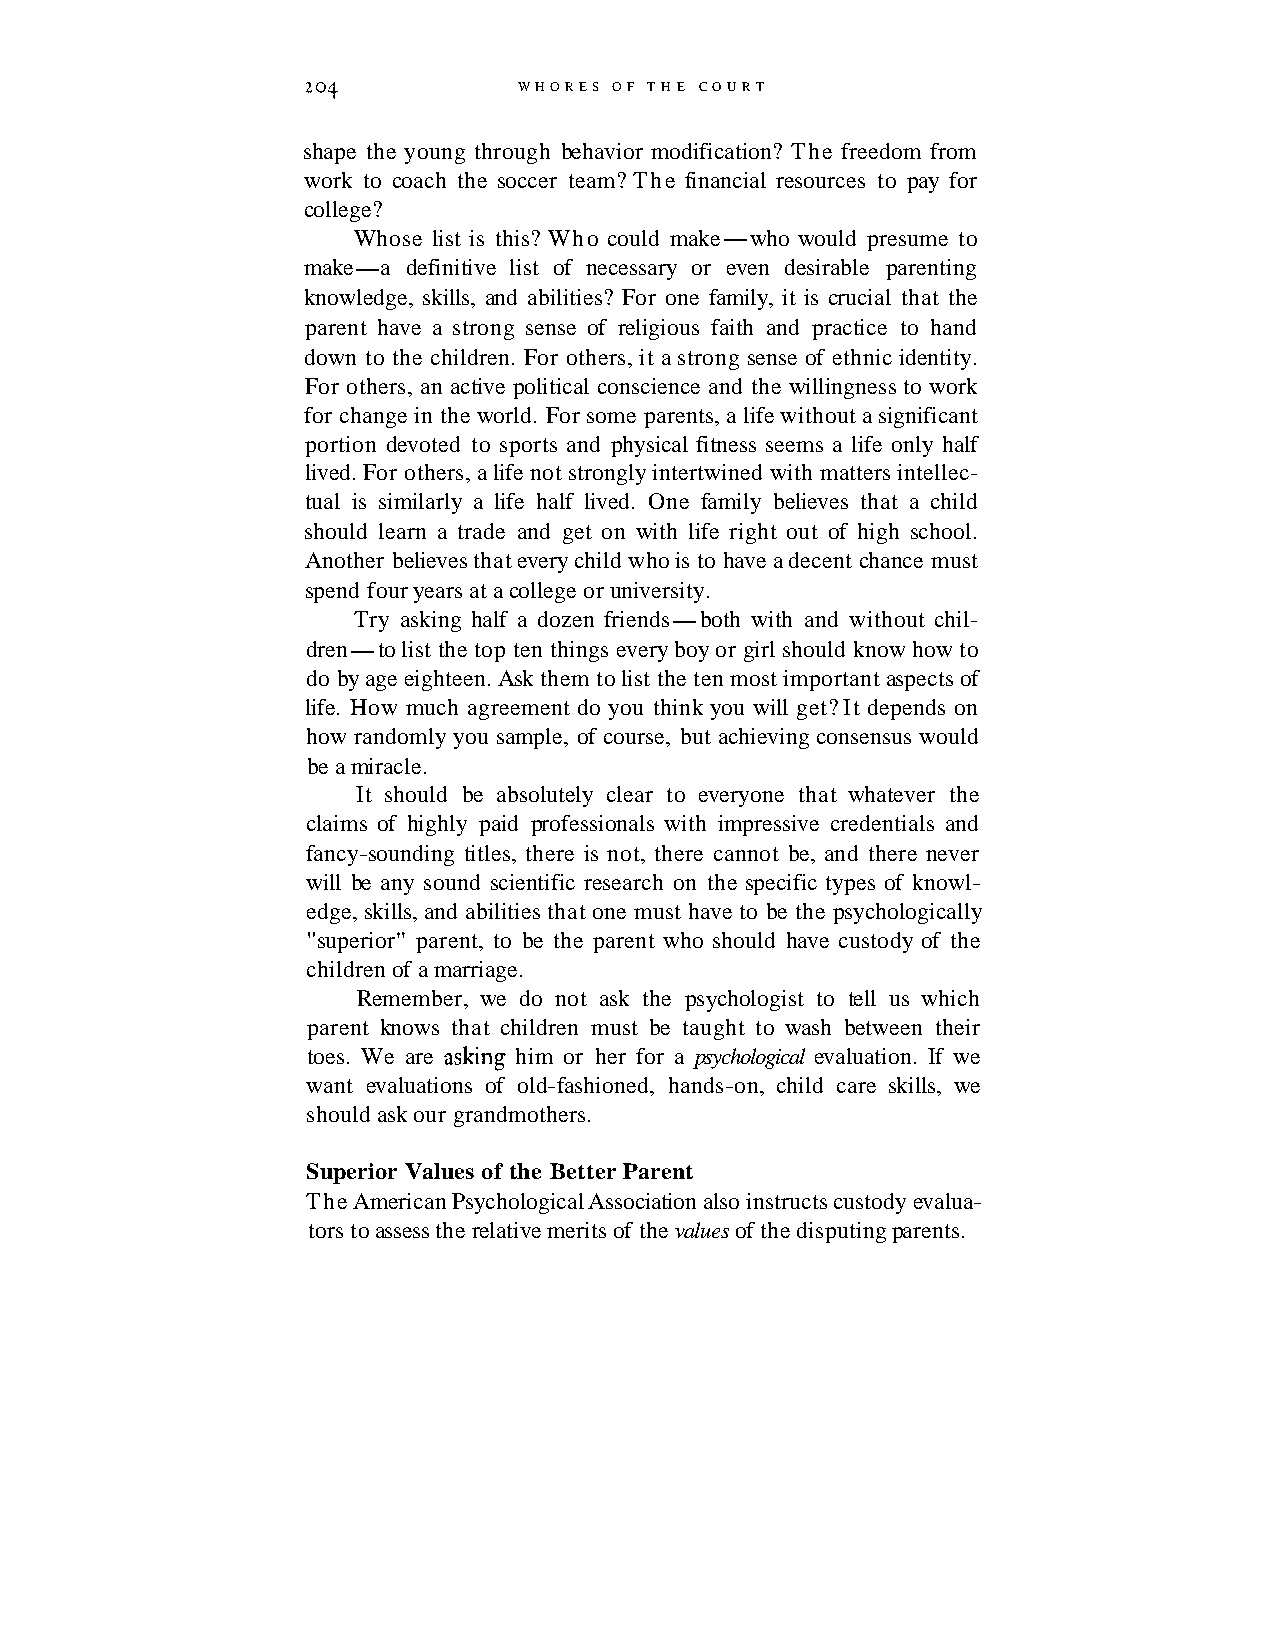
204           WHORES OF T H E COURT
 shape the young through behavior modification? The freedom from
 work to coach the soccer team? The financial resources to pay for
 college?
 Whose list is this? Who could make-who would presume to
 make-a definitive list of necessary or even desirable parenting
 knowledge, skills, and abilities? For one family, it is crucial that the
 parent have a strong sense of religious faith and practice to hand
 down to the children. For others, it a strong sense of ethnic identity.
 For others, an active political conscience and the willingness to work
 for change in the world. For some parents, a life without a significant
 portion devoted to sports and physical fitness seems a life only half
 lived. For others, a life not strongly intertwined with matters intellec-
 tual is similarly a life half lived. One family believes that a child
 should learn a trade and get on with life right out of high school.
 Another believes that every child who is to have a decent chance must
 spend four years at a college or university.
 Try asking half a dozen friends-both with and without chil-
 dren-to list the top ten things every boy or girl should know how to
 do by age eighteen. Ask them to list the ten most important aspects of
 life. How much agreement do you think you will get? It depends on
 how randomly you sample, of course, but achieving consensus would
 be a miracle.
 It should be absolutely clear to everyone that whatever the
 claims of highly paid professionals with impressive credentials and
 fancy-sounding titles, there is not, there cannot be, and there never
 will be any sound scientific research on the specific types of knowl-
 edge, skills, and abilities that one must have to be the psychologically
 "superior" parent, to be the parent who should have custody of the
 children of a marriage.
 Remember, we do not ask the psychologist to tell us which
 parent knows that children must be taught to wash between their
 toes. We are aslung him or her for a psychological evaluation. If we
 want evaluations of old-fashioned, hands-on, child care skills, we
 should ask our grandmothers.
 Superior Values of the Better Parent
 The American Psychological Association also instructs custody evalua-
 tors to assess the relative merits of the values of the disputing parents.